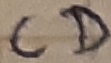
Text: CD